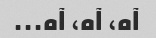
آه، آه، آه...